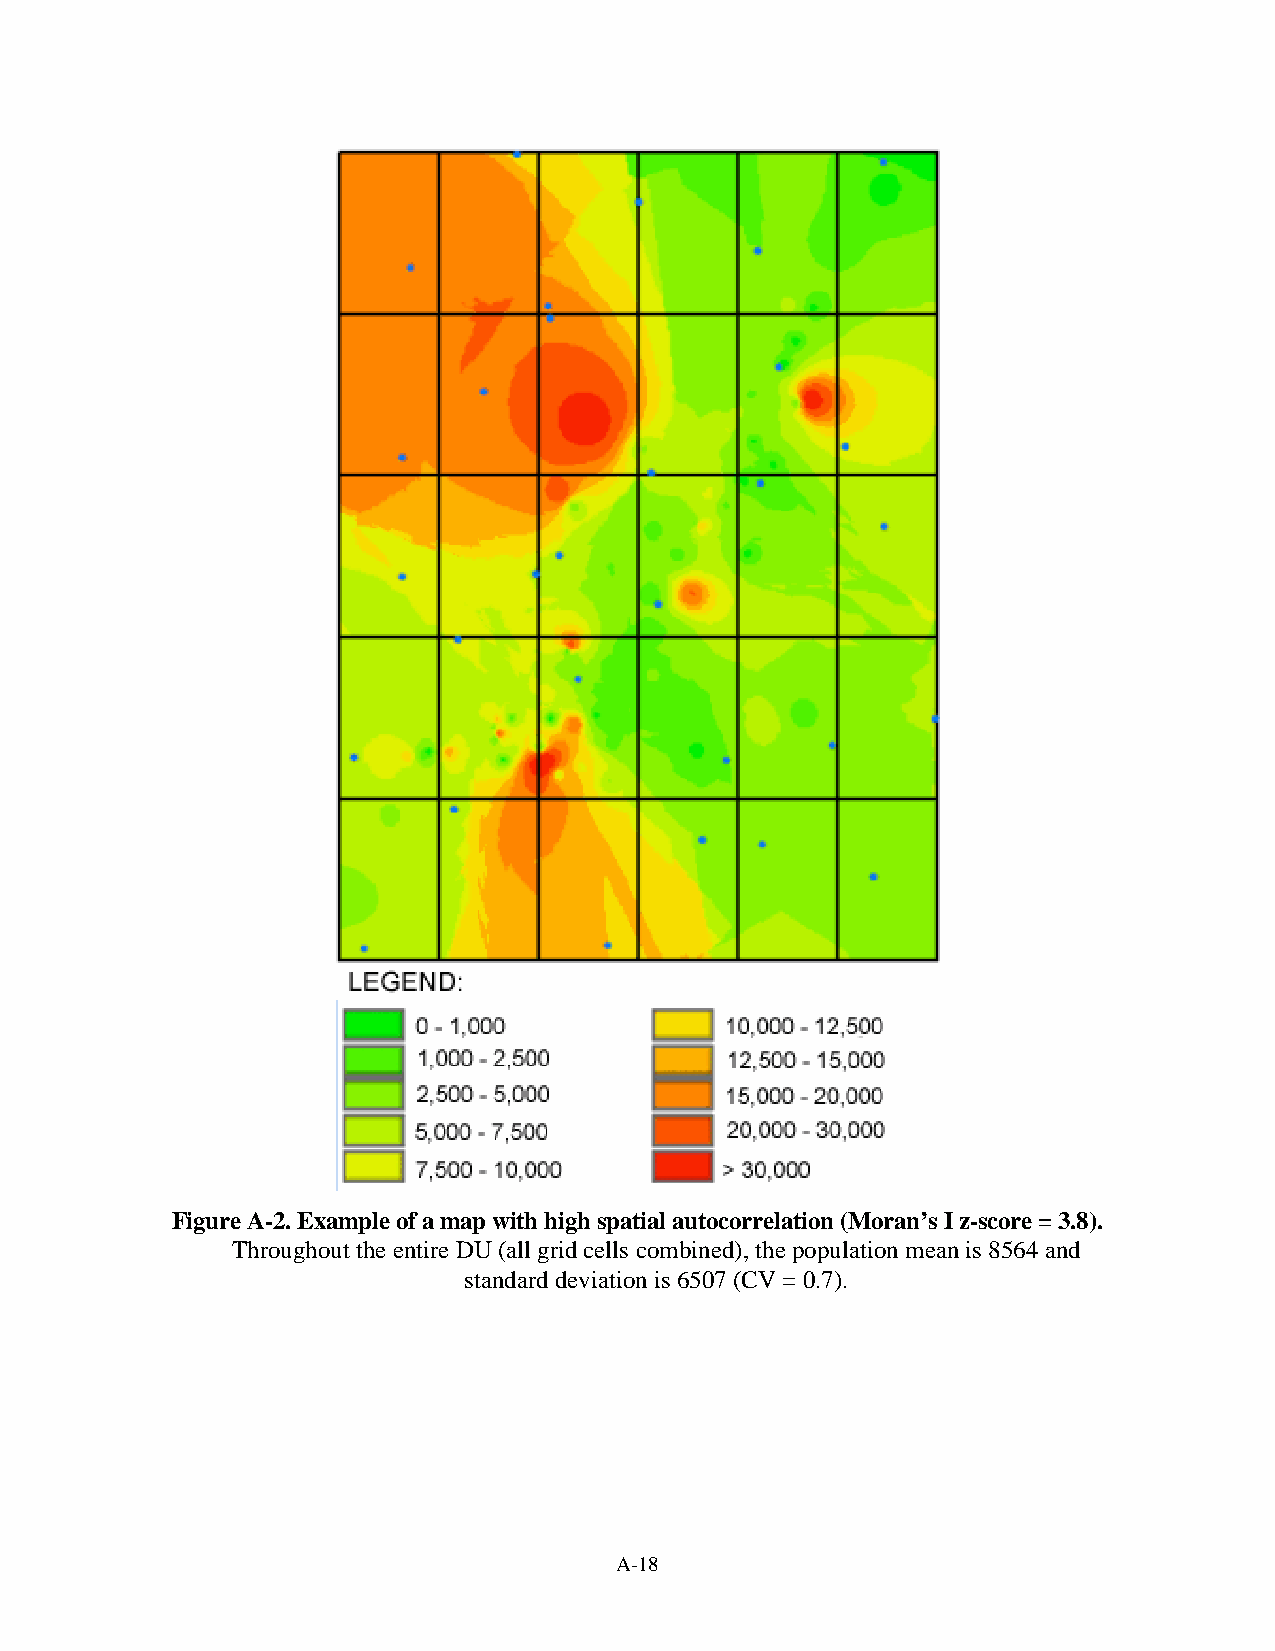
Figure A-2. Example of a map with high spatial autocorrelation (Moran’s I z-score = 3.8).
 Throughout the entire DU (all grid cells combined), the population mean is 8564 and
 standard deviation is 6507 (CV = 0.7).
 A-18